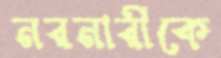
নরনারীকে